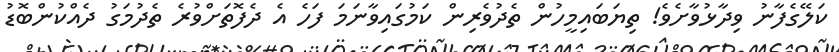
ކަލޭގެފާނު ވިދާޅުވާށެވެ! ތިޔަބައިމީހުން ތެދުވެރިން ކަމުގައިވާނަމަ ފަހެ އެ ދެފޮތަށްވުރެ ތެދުމަގު ދެއްކުންބޮޑު